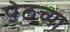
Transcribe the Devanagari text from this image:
पेठच्या